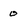
Character: o